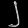
Digit: ၂